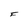
Character: F